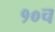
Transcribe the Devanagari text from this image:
१०च